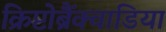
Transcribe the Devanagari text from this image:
क्रिप्टोब्रैंक्वाडिया